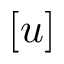
[ u ]